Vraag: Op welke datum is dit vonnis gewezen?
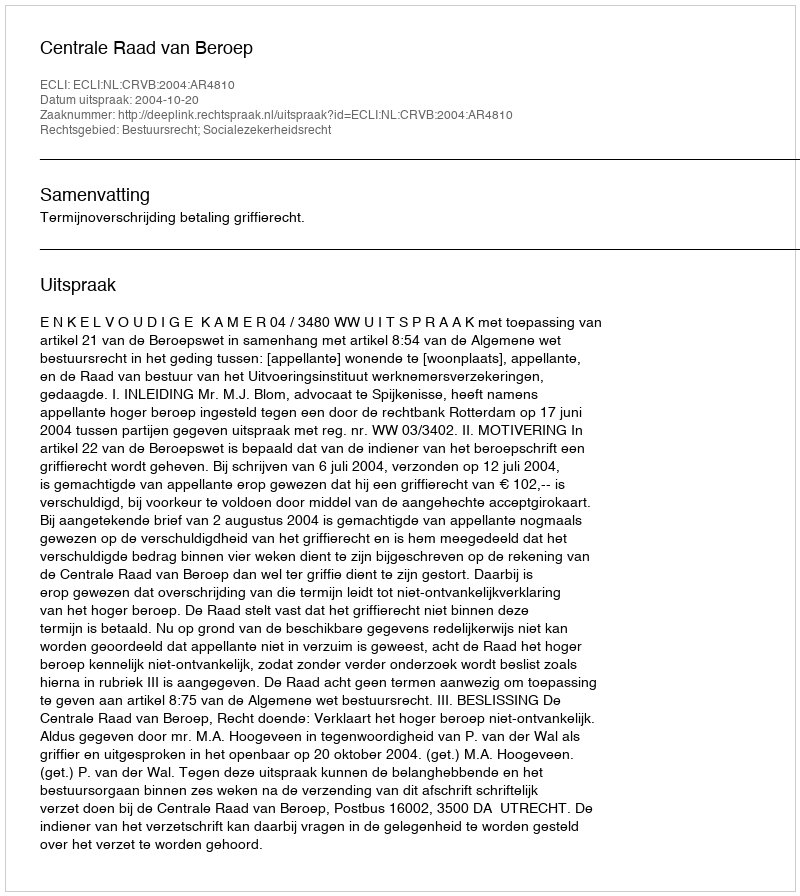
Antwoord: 2004-10-20